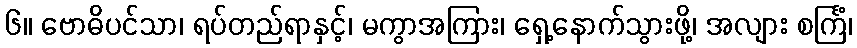
၆။ ဗောဓိပင်သာ၊ ရပ်တည်ရာနှင့်၊ မကွာအကြား၊ ရှေ့နောက်သွားဖို့၊ အလျား စင်္ကြံ၊